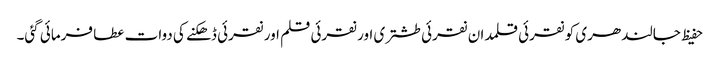
حفیظ جالندھری کو نقرئی قلمدان نقرئی طشتری اور نقرئی قلم اور نقرئی ڈھکنے کی دوات عطا فرمائی گئی۔